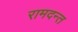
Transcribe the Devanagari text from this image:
रामदन्त